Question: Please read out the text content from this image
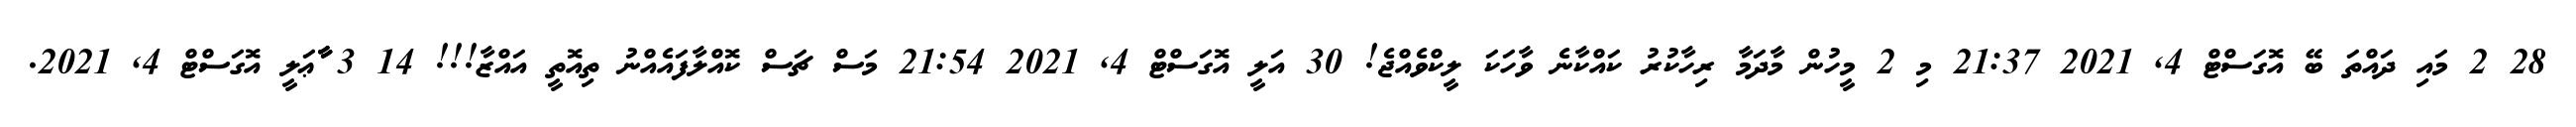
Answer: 28 2 މައި ދައްތަ ބޭ އޮގަސްޓް 4, 2021 21:37 މި 2 މީހުން މާދަމާ ރިހާކުރު ކައްކާނެ ވާހަކަ ލީކްވެއްޖެ! 30 އަލީ އޮގަސްޓް 4, 2021 21:54 މަސް ޗަސް ކޮއްލާފައެއްނު ތިއޮތީ އައްޒާ!!! 14 3 ާާާޢަލީ އޮގަސްޓް 4, 2021.